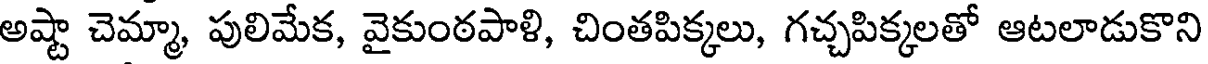
అష్టా చెమ్మా, పులిమేక, వైకుంఠపాళి, చింతపిక్కలు, గచ్చపిక్కలతో ఆటలాడుకొని